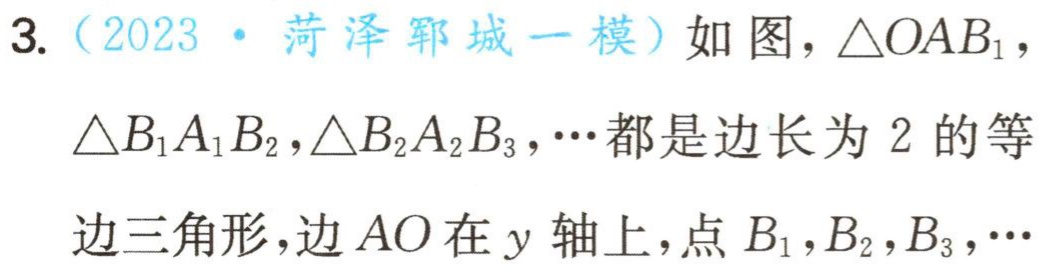
3.（2023·菏泽郓城一模）如图，$\triangle OAB_{1}$，$\triangle B_{1}A_{1}B_{2},\triangle B_{2}A_{2}B_{3},\cdots$都是边长为$2$的等边三角形，边$AO$在$y$轴上，点$B_{1},B_{2},B_{3},\cdots$